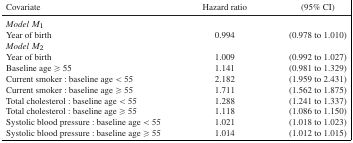
<table><thead><tr><td><b>Covariate</b></td><td><b>Hazard ratio</b></td><td><b>(95% CI)</b></td></tr></thead><tbody><tr><td><i>Model M</i><sub>1</sub></td><td></td><td></td></tr><tr><td>Year of birth</td><td>0.994</td><td>(0.978 to 1.010)</td></tr><tr><td><i>Model M</i><sub>2</sub></td><td></td><td></td></tr><tr><td>Year of birth</td><td>1.009</td><td>(0.992 to 1.027)</td></tr><tr><td>Baseline age ≥ 55</td><td>1.141</td><td>(0.981 to 1.329)</td></tr><tr><td>Current smoker : baseline age &lt; 55</td><td>2.182</td><td>(1.959 to 2.431)</td></tr><tr><td>Current smoker : baseline age ≥ 55</td><td>1.711</td><td>(1.562 to 1.875)</td></tr><tr><td>Total cholesterol : baseline age &lt; 55</td><td>1.288</td><td>(1.241 to 1.337)</td></tr><tr><td>Total cholesterol : baseline age ≥ 55</td><td>1.118</td><td>(1.086 to 1.150)</td></tr><tr><td>Systolic blood pressure : baseline age &lt; 55</td><td>1.021</td><td>(1.018 to 1.023)</td></tr><tr><td>Systolic blood pressure : baseline age ≥ 55</td><td>1.014</td><td>(1.012 to 1.015)</td></tr></tbody></table>